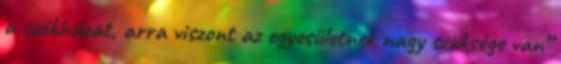
a székházat, arra viszont az egyesületnek nagy szüksége van”